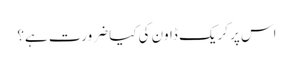
اس پر کریک ڈاون کی کیا ضرورت ہے؟